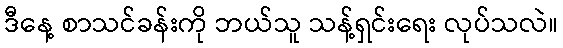
ဒီနေ့ စာသင်ခန်းကို ဘယ်သူ သန့်ရှင်းရေး လုပ်သလဲ။